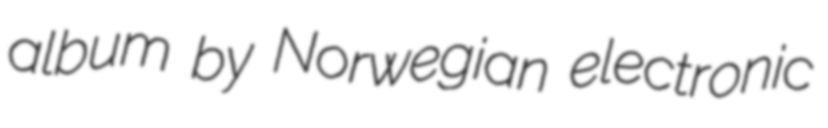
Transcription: album by Norwegian electronic